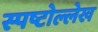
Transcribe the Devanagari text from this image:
स्पष्टोल्लेख